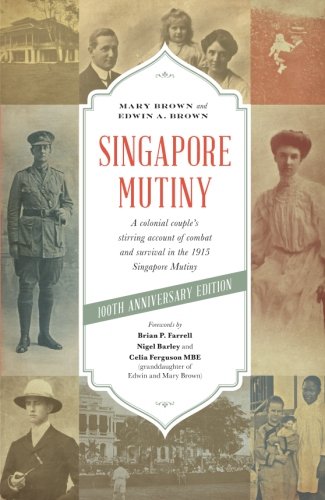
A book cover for Singapore Mutiny: A Colonial Couple's Stirring Account of Combat and Survival in the 1915 Singapore Mutiny; Mary Brown; Travel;